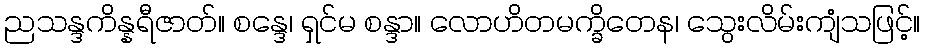
ညသန္ဒကိန္နရီဇာတ်။ စန္ဒေ၊ ရှင်မ စန္ဒာ။ လောဟိတမက္ခိတေန၊ သွေးလိမ်းကျံသဖြင့်။